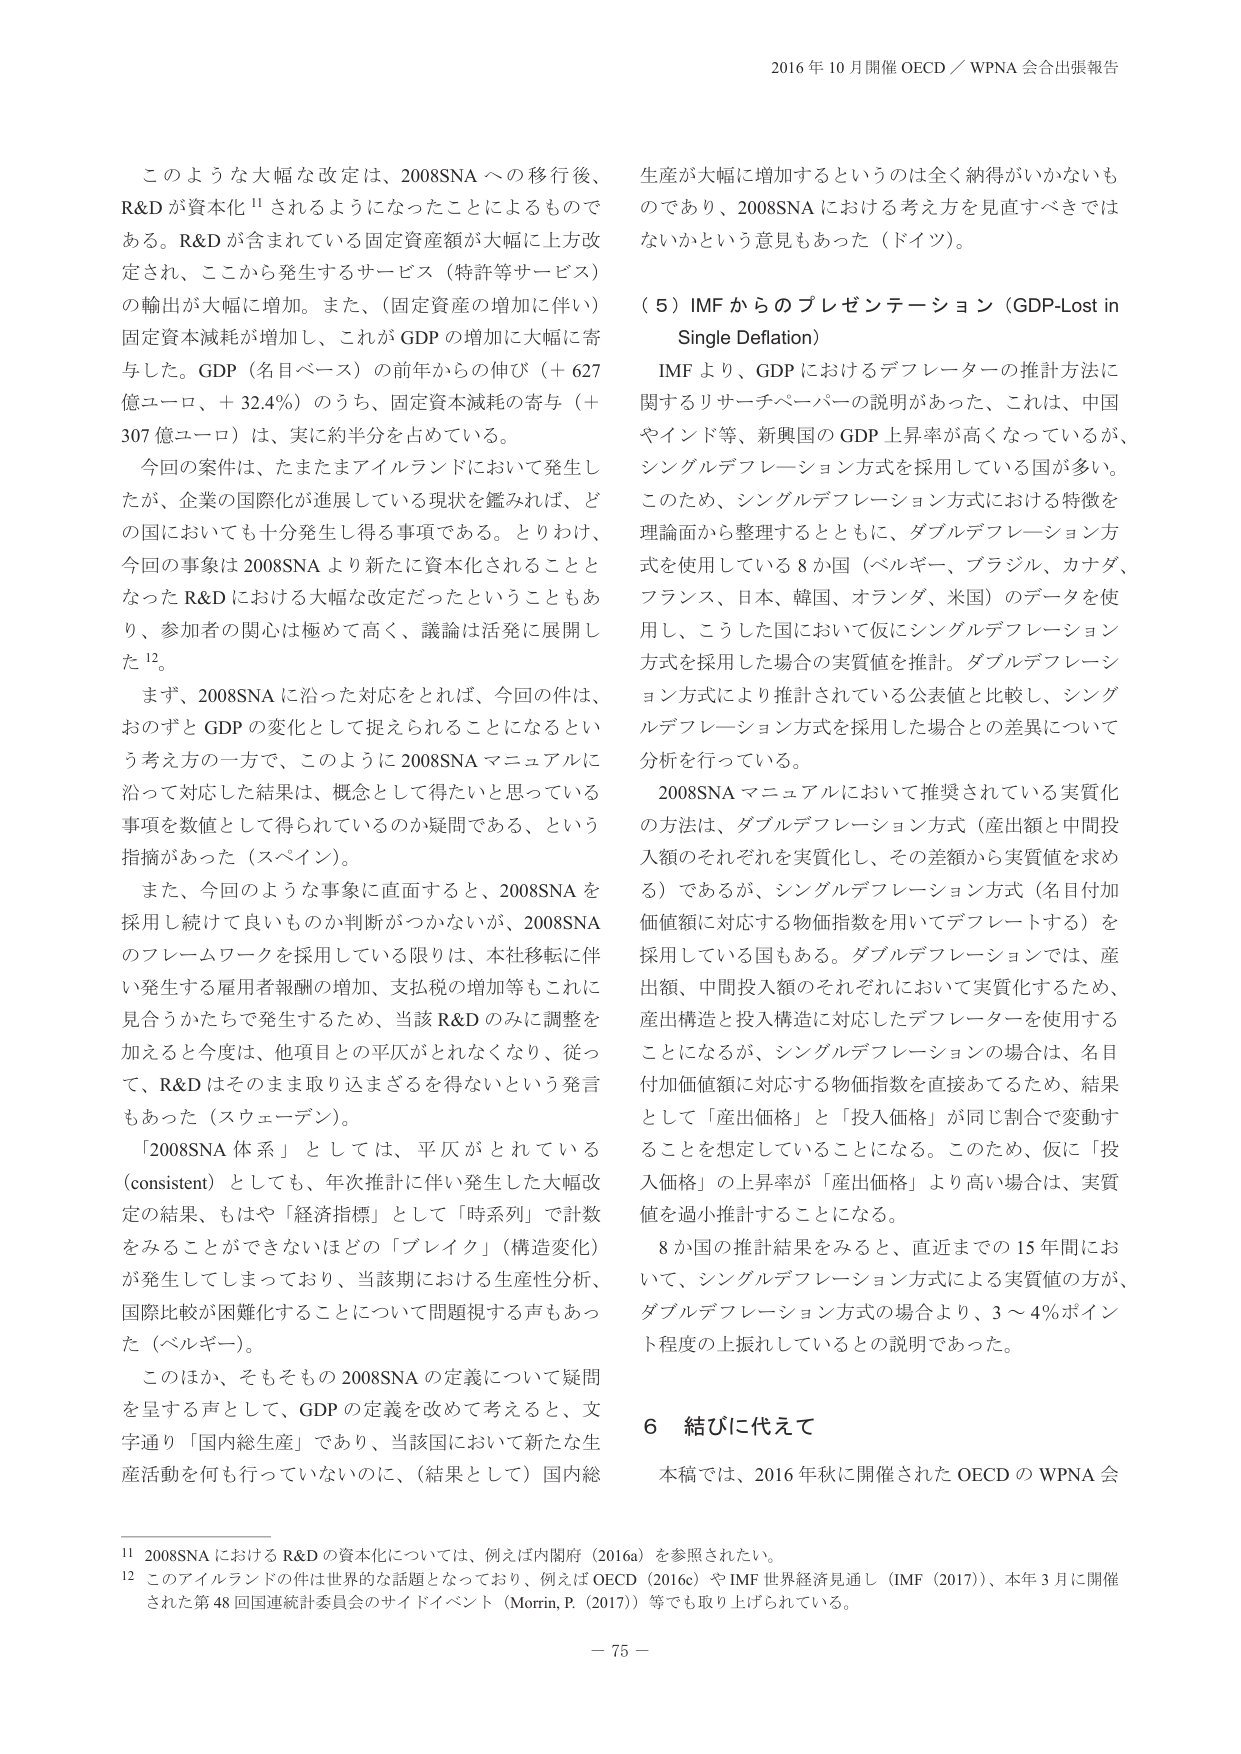
2016 年 10 月開催 OECD／WPNA 会合出張報告

このような大幅な改定は、2008SNA への移行後、R&D が資本化¹¹ されるようになったことによるものである。R&D が含まれている固定資産額が大幅に上方改定され、ここから発生するサービス（特許等サービス）の輸出が大幅に増加。また、（固定資産の増加に伴い）固定資本減耗が増加し、これが GDP の増加に大幅に寄与した。GDP（名目ベース）の前年からの伸び（＋627 億ユーロ、＋32.4%）のうち、固定資本減耗の寄与（＋307 億ユーロ）は、実に約半分を占めている。

今回の案件は、たまたまアイルランドにおいて発生したが、企業の国際化が進展している現状を鑑みれば、どの国においても十分発生し得る事項である。とりわけ、今回の事象は 2008SNA より新たに資本化されることとなった R&D における大幅な改定だったということもあり、参加者の関心は極めて高く、議論は活発に展開した¹²。

まず、2008SNA に沿った対応をとれば、今回の件は、おのずと GDP の変化として捉えられることになるという考え方の一方で、このように 2008SNA マニュアルに沿って対応した結果は、概念として得たいと思っている事項を数値として得られているのか疑問である、という指摘があった（スペイン）。

また、今回のような事象に直面すると、2008SNA を採用し続けて良いものか判断がつかないが、2008SNA のフレームワークを採用している限りは、本社移転に伴い発生する雇用者報酬の増加、支払税の増加等もこれに見合うかたちで発生するため、当該 R&D のみに調整を加えると今度は、他項目との平仄がとれなくなり、従って、R&D はそのまま取り込まざるを得ないという発言もあった（スウェーデン）。

「2008SNA 体系」としては、平仄がとれている（consistent）としても、年次推計に伴い発生した大幅改定の結果、もはや「経済指標」として「時系列」で計数をみることができないほどの「ブレイク」（構造変化）が発生してしまっており、当該期における生産性分析、国際比較が困難化することについて問題視する声もあった（ベルギー）。

このほか、そもそもの 2008SNA の定義について疑問を呈する声として、GDP の定義を改めて考えると、文字通り「国内総生産」であり、当該国において新たな生産活動を何も行っていないのに、（結果として）国内総

生産が大幅に増加するというのは全く納得がいかないものであり、2008SNA における考え方を見直すべきではないかという意見もあった（ドイツ）。

（5）IMF からのプレゼンテーション（GDP-Lost in Single Deflation）

IMF より、GDP におけるデフレーターの推計方法に関するリサーチペーパーの説明があった。これは、中国やインド等、新興国の GDP 上昇率が高くなっているが、シングルデフレーション方式を採用している国が多い。このため、シングルデフレーション方式における特徴を理論面から整理するとともに、ダブルデフレーション方式を使用している 8 か国（ベルギー、ブラジル、カナダ、フランス、日本、韓国、オランダ、米国）のデータを使用し、こうした国において仮にシングルデフレーション方式を採用した場合の実質値を推計。ダブルデフレーション方式により推計されている公表値と比較し、シングルデフレーション方式を採用した場合との差異について分析を行っている。

2008SNA マニュアルにおいて推奨されている実質化の方法は、ダブルデフレーション方式（産出額と中間投入額のそれぞれを実質化し、その差額から実質値を求める）であるが、シングルデフレーション方式（名目付加価値額に対応する物価指数を用いてデフレートする）を採用している国もある。ダブルデフレーションでは、産出額、中間投入額のそれぞれにおいて実質化するため、産出構造と投入構造に対応したデフレーターを使用することになるが、シングルデフレーションの場合は、名目付加価値額に対応する物価指数を直接あてため、結果として「産出価格」と「投入価格」が同じ割合で変動することを想定していることになる。このため、仮に「投入価格」の上昇率が「産出価格」より高い場合は、実質値を過小推計することになる。

8 か国の推計結果をみると、直近までの 15 年間において、シングルデフレーション方式による実質値の方が、ダブルデフレーション方式の場合より、3～4％ポイント程度の上振れしているとの説明であった。

6 結びに代えて

本稿では、2016 年秋に開催された OECD の WPNA 会

¹¹ 2008SNA における R&D の資本化については、例えば内閣府（2016a）を参照されたい。

¹² このアイルランドの件は世界的な話題となっており、例えば OECD（2016c）や IMF 世界経済見通し（IMF（2017））、本年 3 月に開催された第 48 回国連統計委員会のサイドイベント（Morrin, P.（2017））等でも取り上げられている。

－ 75 －